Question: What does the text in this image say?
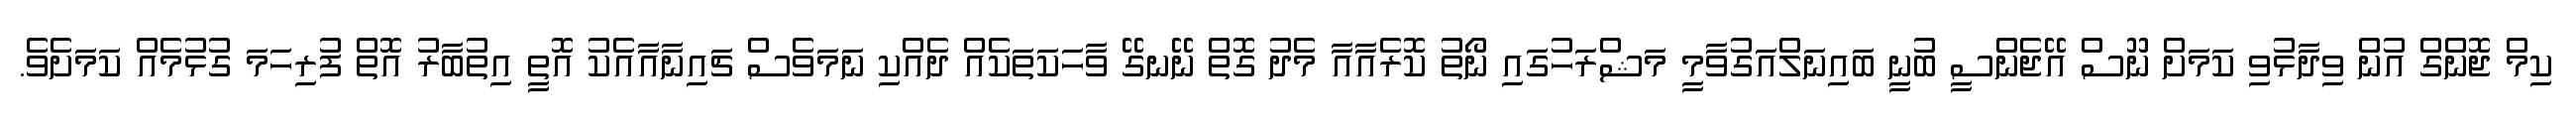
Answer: ކިމް ޖޮންގް އުން ވިދާޅުވި ކަމަށް ނޫސް އޭޖެންސީ ބުނީ ބައިނަލްއަގުވާމީ މަޝްރަހުގައި ނޯތު ކޮރެއާއާ މެދު ގޮތް ނޭނގޭ ވާހަކަތަކެއް ދެއްކި ނަމަވެސް ޗައިނާއާއެކު އޮތީ އިތުބާރު އޮތް ފުރިހަމަ ގުޅުމެއް ކަމަށެވެ.